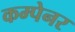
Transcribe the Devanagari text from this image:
कम्पेनर